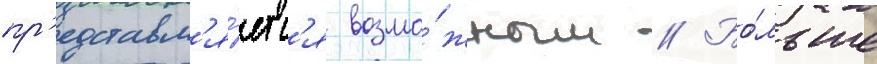
пр'едставл'я́етс'я возмо́жным // Бо́льше